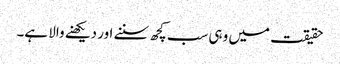
حقیقت میں وہی سب کچھ سننے اور دیکھنے والا ہے۔